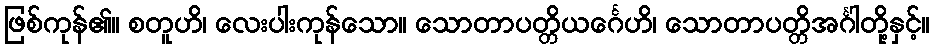
ဖြစ်ကုန်၏။ စတူဟိ၊ လေးပါးကုန်သော။ သောတာပတ္တိယင်္ဂေဟိ၊ သောတာပတ္တိအင်္ဂါတို့နှင့်။